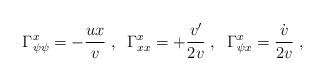
LaTeX: \begin{align*}\Gamma^{x}_{\psi \psi} = - {ux \over v} \; , \; \;\Gamma^{x}_{xx} = + {v' \over 2v} \; , \; \;\Gamma^{x}_{\psi x} = {\dot{v} \over 2v} \; ,\end{align*}